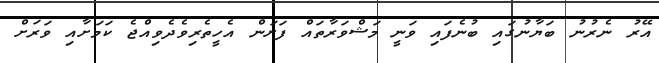
އޭރު ނެރުނު ބަޔާނުގައި ބުނެފައި ވަނީ މަޝްވަރާތައް ފަށަން އެހީތެރިވެދެވިއްޖެ ކަމަށާއި ވަރަށް